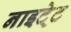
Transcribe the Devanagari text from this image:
नाइटे्ट